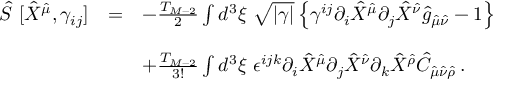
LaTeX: \begin{array} { r c l } { { \hat { S } \ [ \hat { X } ^ { \hat { \mu } } , \gamma _ { i j } ] } } & { { = } } & { { - \frac { T _ { M - 2 } } { 2 } \int d ^ { 3 } \xi \ \sqrt { | \gamma | } \left\{ \gamma ^ { i j } \partial _ { i } \hat { X } ^ { \hat { \mu } } \partial _ { j } \hat { X } ^ { \hat { \nu } } \hat { g } _ { \hat { \mu } \hat { \nu } } - 1 \right\} } } \\ { { } } & { { } } & { { } } \\ { { } } & { { } } & { { + \frac { T _ { M - 2 } } { 3 ! } \int d ^ { 3 } \xi \ \epsilon ^ { i j k } \partial _ { i } \hat { X } ^ { \hat { \mu } } \partial _ { j } \hat { X } ^ { \hat { \nu } } \partial _ { k } \hat { X } ^ { \hat { \rho } } \hat { C } _ { \hat { \mu } \hat { \nu } \hat { \rho } } \, . } } \end{array}